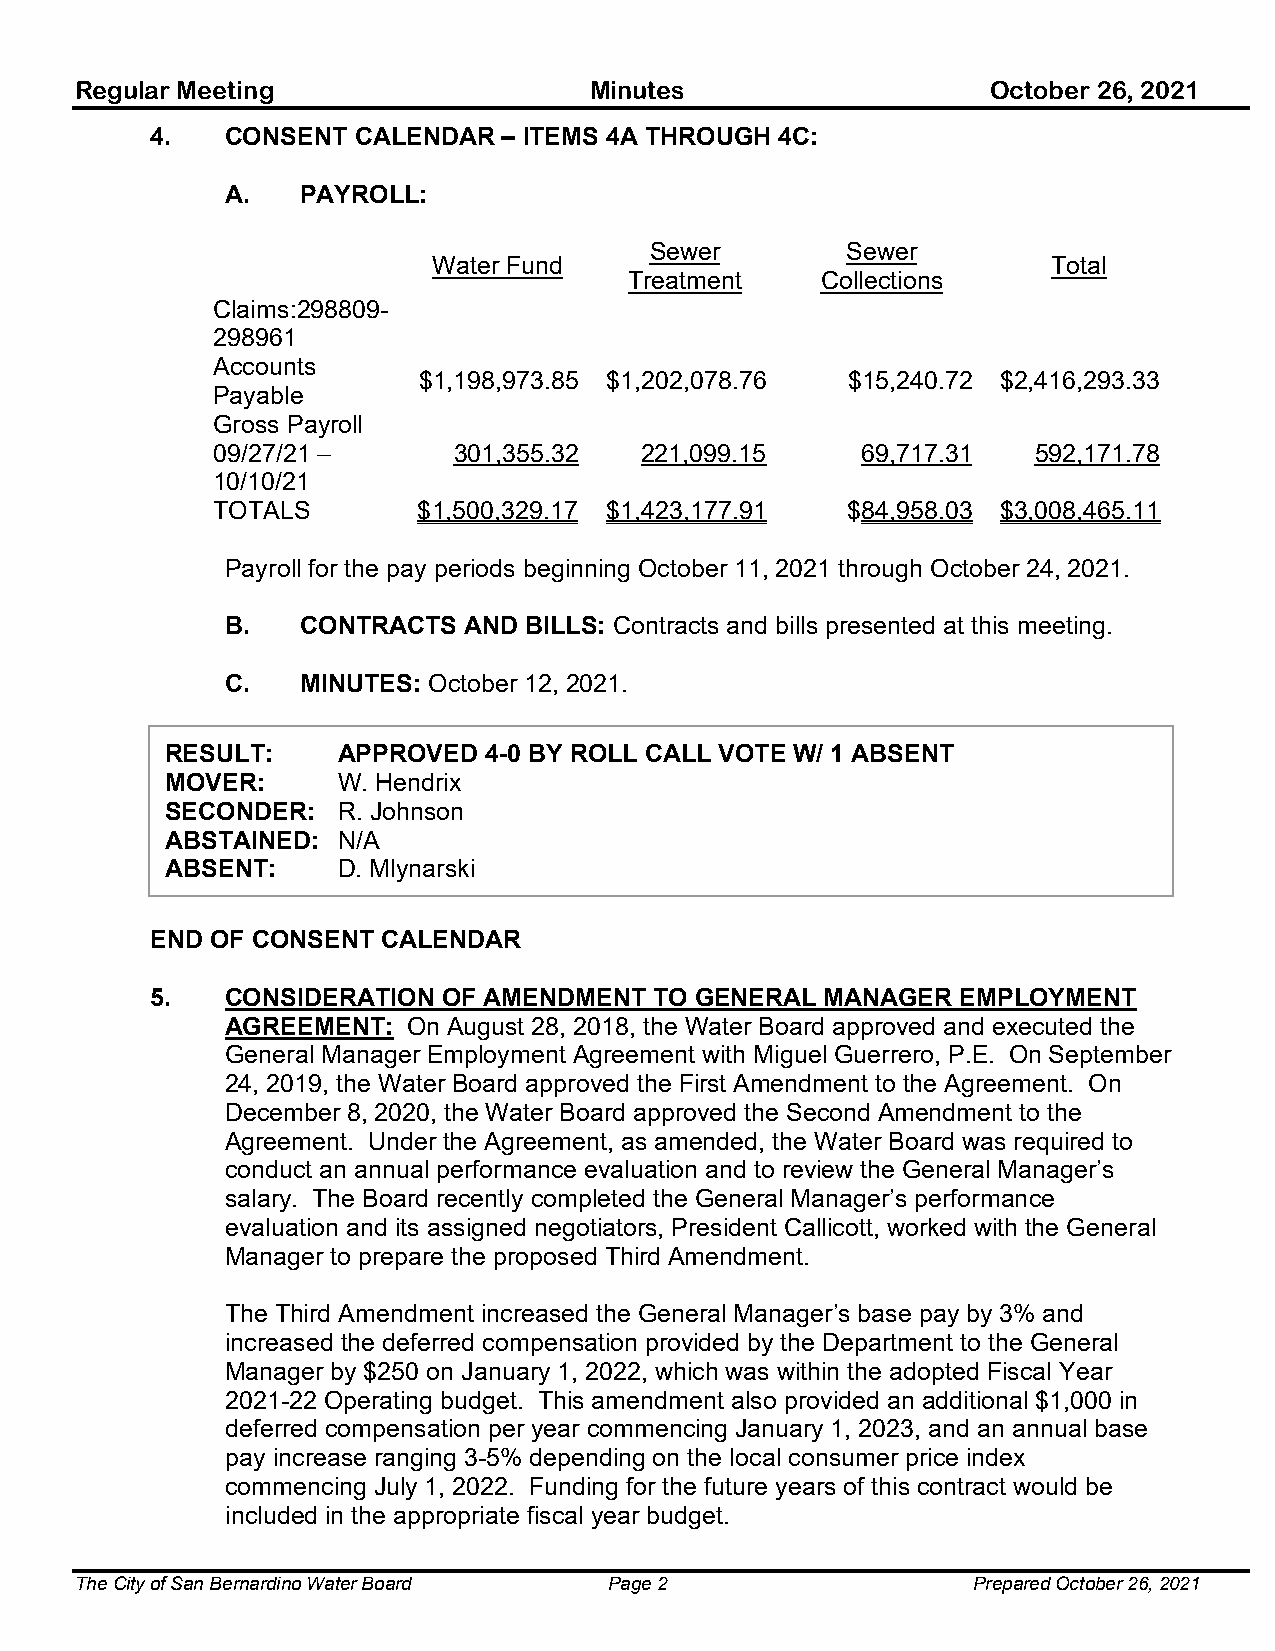
Regular Meeting                   Minutes                    October 26, 2021
 4.   CONSENT CALENDAR  – ITEMS 4A THROUGH 4C:
 A.   PAYROLL:
 Sewer        Sewer
 Water Fund                               Total
 Treatment   Collections
 Claims:298809-
 298961
 Accounts
 $1,198,973.85 $1,202,078.76 $15,240.72 $2,416,293.33
 Payable
 Gross Payroll
 09/27/21 –      301,355.32  221,099.15     69,717.31   592,171.78
 10/10/21
 TOTALS        $1,500,329.17 $1,423,177.91 $84,958.03 $3,008,465.11
 Payroll for the pay periods beginning October 11, 2021 through October 24, 2021.
 B.   CONTRACTS  AND BILLS: Contracts and bills presented at this meeting.
 C.   MINUTES: October 12, 2021.
 RESULT:    APPROVED  4-0 BY ROLL CALL VOTE W/ 1 ABSENT
 MOVER:     W. Hendrix
 SECONDER:  R. Johnson
 ABSTAINED: N/A
 ABSENT:    D. Mlynarski
 END OF CONSENT CALENDAR
 5.   CONSIDERATION OF AMENDMENT  TO GENERAL  MANAGER  EMPLOYMENT
 AGREEMENT:  On August 28, 2018, the Water Board approved and executed the
 General Manager Employment Agreement with Miguel Guerrero, P.E. On September
 24, 2019, the Water Board approved the First Amendment to the Agreement. On
 December 8, 2020, the Water Board approved the Second Amendment to the
 Agreement. Under the Agreement, as amended, the Water Board was required to
 conduct an annual performance evaluation and to review the General Manager’s
 salary. The Board recently completed the General Manager’s performance
 evaluation and its assigned negotiators, President Callicott, worked with the General
 Manager to prepare the proposed Third Amendment.
 The Third Amendment increased the General Manager’s base pay by 3% and
 increased the deferred compensation provided by the Department to the General
 Manager by $250 on January 1, 2022, which was within the adopted Fiscal Year
 2021-22 Operating budget. This amendment also provided an additional $1,000 in
 deferred compensation per year commencing January 1, 2023, and an annual base
 pay increase ranging 3-5% depending on the local consumer price index
 commencing July 1, 2022. Funding for the future years of this contract would be
 included in the appropriate fiscal year budget.
 The City of San Bernardino Water Board Page 2              Prepared October 26, 2021